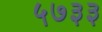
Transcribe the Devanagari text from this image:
५७३३